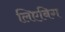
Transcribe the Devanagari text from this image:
लिएबिग